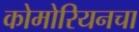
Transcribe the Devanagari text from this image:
कोमोरियनचा